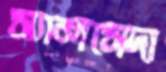
স্যালসেদা